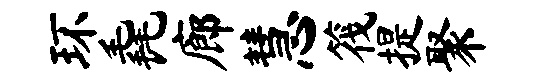
环毳廊慧筏提聚